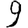
Digit: 9